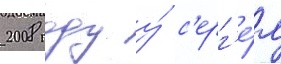
2008 году у́ с'ерг'е́я